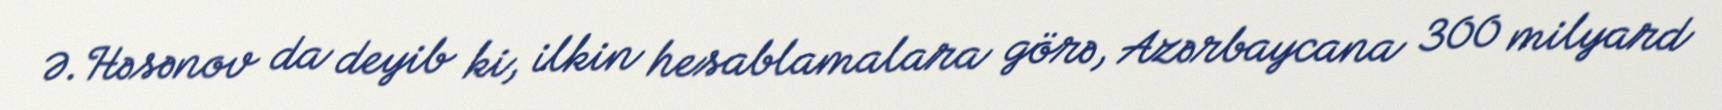
Ə.Həsənov da deyib ki, ilkin hesablamalara görə, Azərbaycana 300 milyard